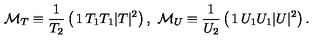
{ \cal M } _ { T } \equiv { \frac { 1 } { T _ { 2 } } } \left( \begin{matrix} { 1 } & { T _ { 1 } } \\ { T _ { 1 } } & { | T | ^ { 2 } } \\ \end{matrix} \right) , \ { \cal M } _ { U } \equiv { \frac { 1 } { U _ { 2 } } } \left( \begin{matrix} { 1 } & { U _ { 1 } } \\ { U _ { 1 } } & { | U | ^ { 2 } } \\ \end{matrix} \right) .